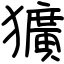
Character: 獷